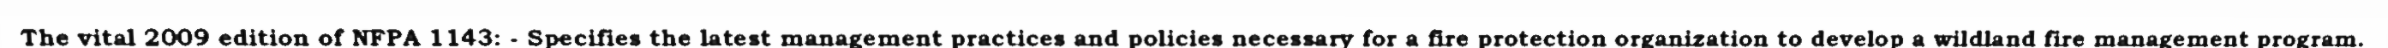
The vital 2009 edition of NFPA 1143: - Specifies the latest management practices and policies necessary for a fire protection organization to develop a wildland fire management program.